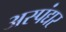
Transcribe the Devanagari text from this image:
अस्पंद्यर